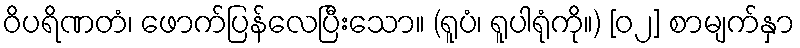
ဝိပရိဏတံ၊ ဖောက်ပြန်လေပြီးသော။ (ရူပံ၊ ရူပါရုံကို။) [၀၂] စာမျက်နှာ